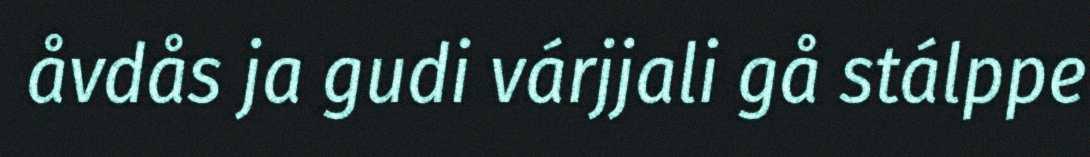
åvdås ja gudi várjjali gå stálppe